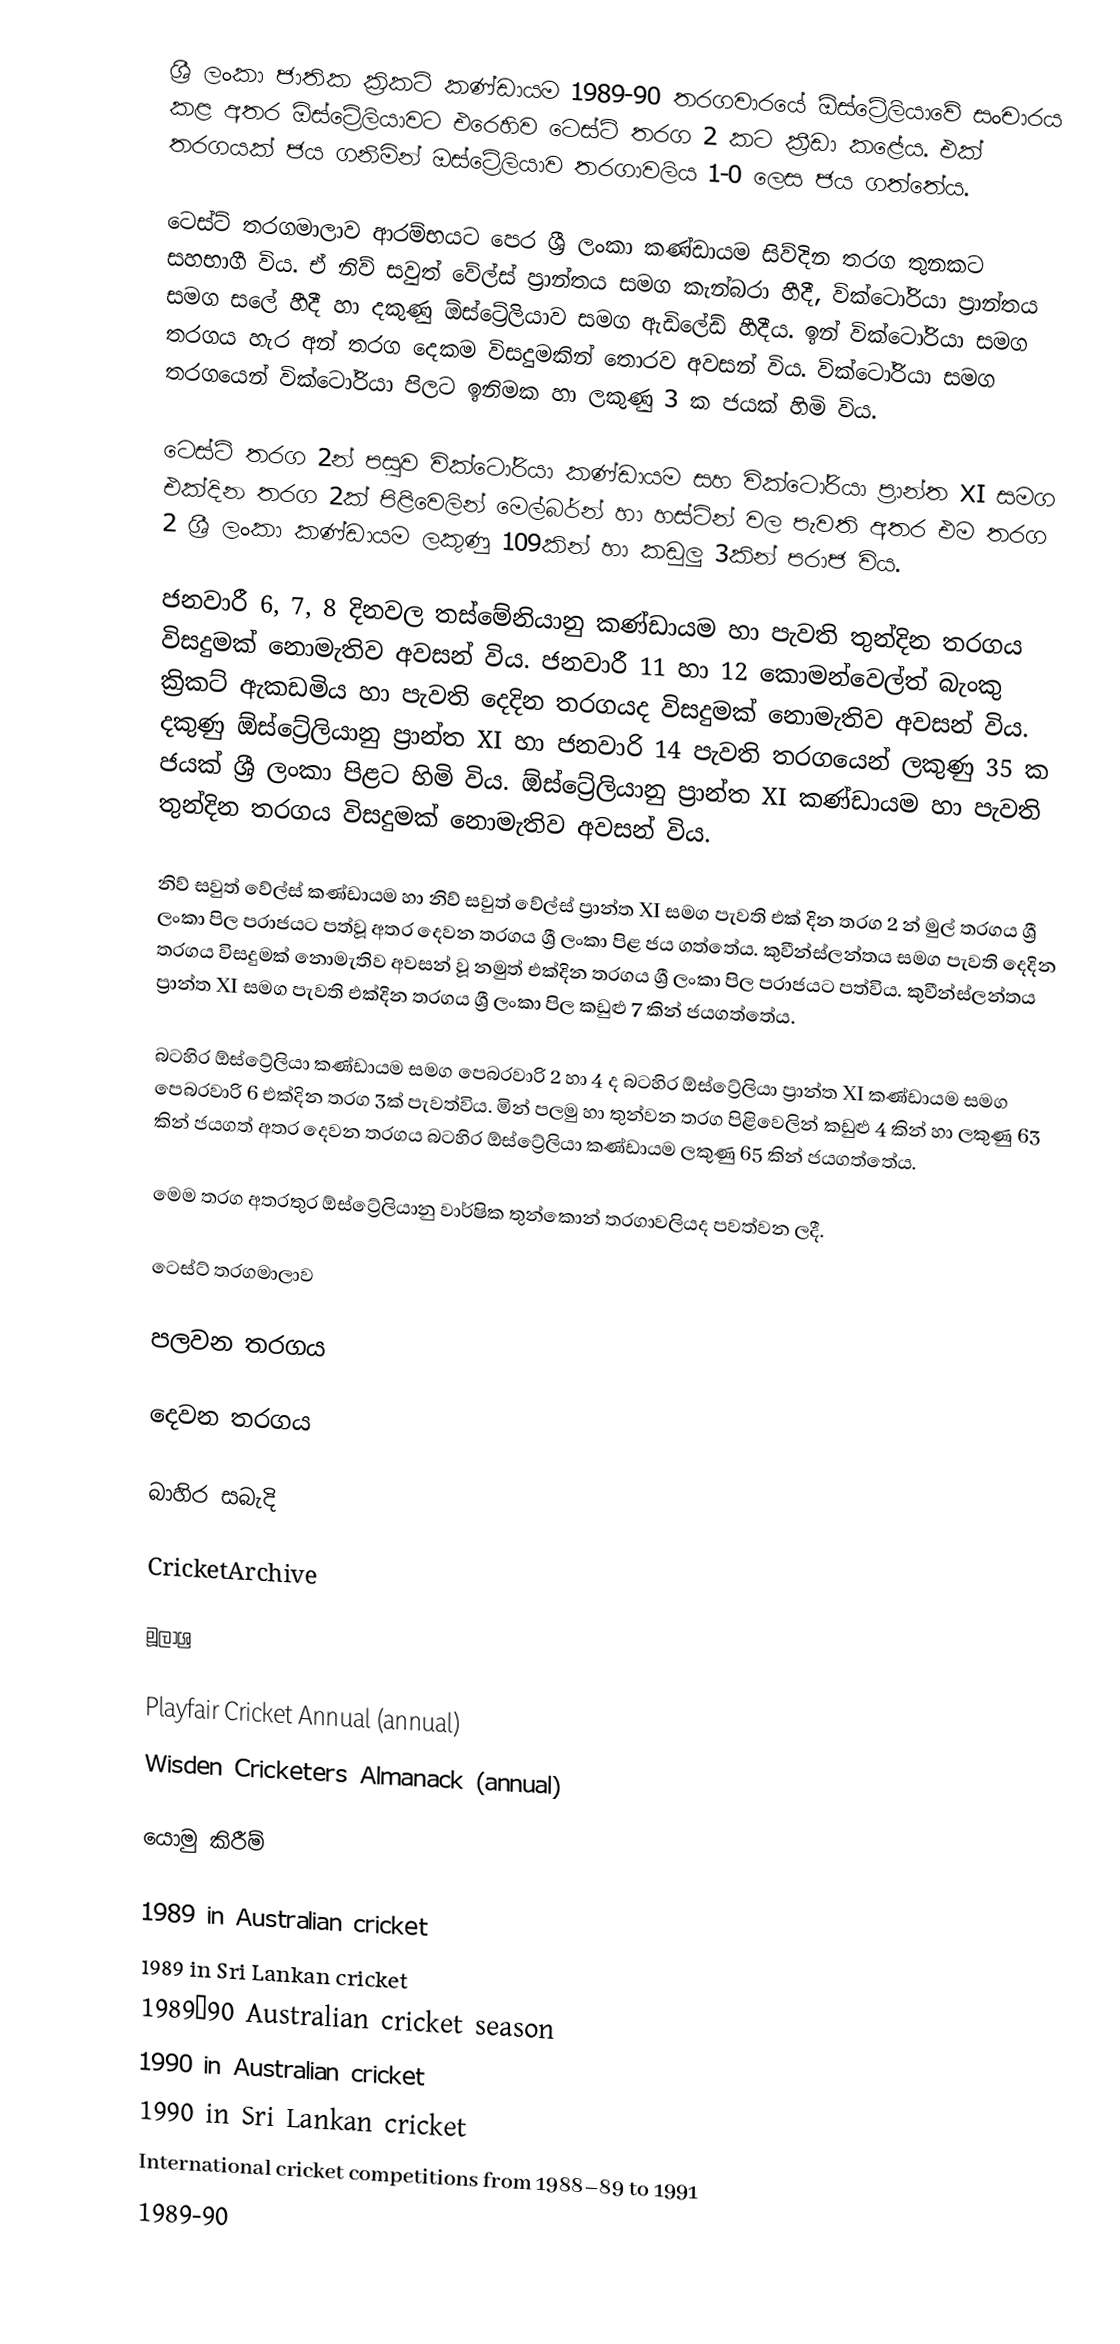
ශ්‍රී ලංකා ජාතික ක්‍රිකට් කණ්ඩායම 1989-90 තරගවාරයේ ඕස්ට්‍රේලියාවේ සංචාරය කළ අතර ඕස්ට්‍රේලියාවට එරෙහිව ටෙස්ට් තරග 2 කට ක්‍රීඩා කළේය. එක් තරගයක් ජය ගනිමින් ඔස්ට්‍රේලියාව තරගාවලිය 1-0 ලෙස ජය ගත්තේය.

ටෙස්ට් තරගමාලාව ආරම්භයට පෙර ශ්‍රී ලංකා කණ්ඩායම සිව්දින තරග තුනකට සහභාගී විය. ඒ නිව් සවුත් වේල්ස් ප්‍රාන්තය සමග කැන්බරා හීදී, වික්ටෝරියා ප්‍රාන්තය සමග සලේ හීදී හා දකුණු ඕස්ට්‍රේලියාව සමග ඇඩිලේඩ් හීදීය. ඉන් වික්ටෝරියා සමග තරගය හැර අන් තරග දෙකම විසදුමකින් තොරව අවසන් විය. වික්ටෝරියා සමග තරගයෙන් වික්ටෝරියා පිලට ඉනිමක හා ලකුණු 3 ක ජයක් හිමි විය.

ටෙස්ට් තරග 2න් පසුව වික්ටෝරියා කණ්ඩායම සහ වික්ටෝරියා ප්‍රාන්ත XI සමග එක්දින තරග 2ක් පිළිවෙලින් මෙල්බර්න් හා හස්ටින් වල පැවති අතර එම තරග 2 ශ්‍රී ලංකා කණ්ඩායම ලකුණු 109කින් හා කඩුලු 3කින් පරාජ විය.

ජනවාරී 6, 7, 8 දිනවල තස්මේනියානු කණ්ඩායම හා පැවති තුන්දින තරගය විසදුමක් නොමැතිව අවසන් විය. ජනවාරී 11 හා 12 කොමන්වෙල්ත් බැංකු ක්‍රිකට් ඇකඩමිය හා පැවති දෙදින තරගයද විසදුමක් නොමැතිව අවසන් විය. දකුණු ඕස්ට්‍රේලියානු ප්‍රාන්ත XI හා ජනවාරි 14 පැවති තරගයෙන් ලකුණු 35 ක ජයක් ශ්‍රී ලංකා පිළට හිමි විය. ඕස්ට්‍රේලියානු ප්‍රාන්ත XI කණ්ඩායම හා පැවති තුන්දින තරගය විසදුමක් නොමැතිව අවසන් විය.

නිව් සවුත් වේල්ස් කණ්ඩායම හා නිව් සවුත් වේල්ස් ප්‍රාන්ත XI සමග පැවති එක් දින තරග 2 න් මුල් තරගය ශ්‍රී ලංකා පිල පරාජයට පත්වූ අතර දෙවන තරගය ශ්‍රී ලංකා පිළ ජය ගත්තේය. කුවීන්ස්ලන්තය සමග පැවති දෙදින තරගය විසදුමක් නොමැතිව අවසන් වූ නමුත් එක්දින තරගය ශ්‍රී ලංකා පිල පරාජයට පත්විය. කුවීන්ස්ලන්තය ප්‍රාන්ත XI සමග පැවති එක්දින තරගය ශ්‍රී ලංකා පිල කඩුළු 7 කින් ජයගත්තේය.

බටහිර ඕස්ට්‍රේලියා කණ්ඩායම සමග පෙබරවාරි 2 හා 4 ද බටහිර ඕස්ට්‍රේලියා ප්‍රාන්ත XI කණ්ඩායම සමග පෙබරවාරි 6 එක්දින තරග 3ක් පැවත්විය. මින් පලමු හා තුන්වන තරග පිළිවෙලින් කඩුළු 4 කින් හා ලකුණු 63 කින් ජයගත් අතර දෙවන තරගය බටහිර ඕස්ට්‍රේලියා කණ්ඩායම ලකුණු 65 කින් ජයගත්තේය.

මෙම තරග අතරතුර ඕස්ට්‍රේලියානු වාර්ෂික තුන්කොන් තරගාවලියද පවත්වන ලදී.

ටෙස්ට් තරගමාලාව

පලවන තරගය

දෙවන තරගය

බාහිර සබැදි

 CricketArchive

මූලාශ්‍ර

 Playfair Cricket Annual (annual)
 Wisden Cricketers Almanack (annual)

යොමු කිරීම්

1989 in Australian cricket
1989 in Sri Lankan cricket
1989–90 Australian cricket season
1990 in Australian cricket
1990 in Sri Lankan cricket
International cricket competitions from 1988–89 to 1991
1989-90